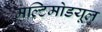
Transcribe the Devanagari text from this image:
मल्टिमोडयूल